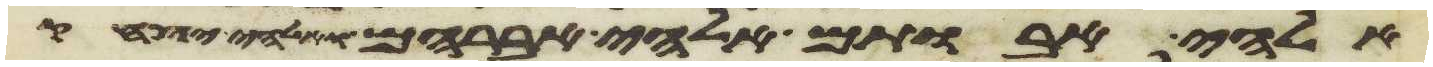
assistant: אלהי אבותם אלהי אברהם ואלהי יצחק